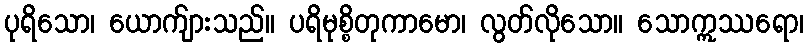
ပုရိသော၊ ယောက်ျားသည်။ ပရိမုစ္စိတုကာမော၊ လွတ်လိုသော။ သောဣဿရော၊